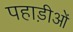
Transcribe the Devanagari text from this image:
पहाड़ीओं